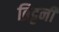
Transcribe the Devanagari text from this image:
ब्रिट्टनी